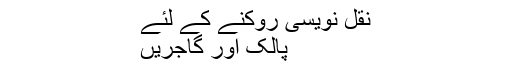
نقل نویسی روکنے کے لئے
پالک اور گاجریں